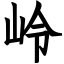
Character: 岭